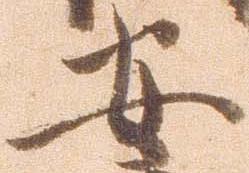
安